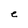
Character: e